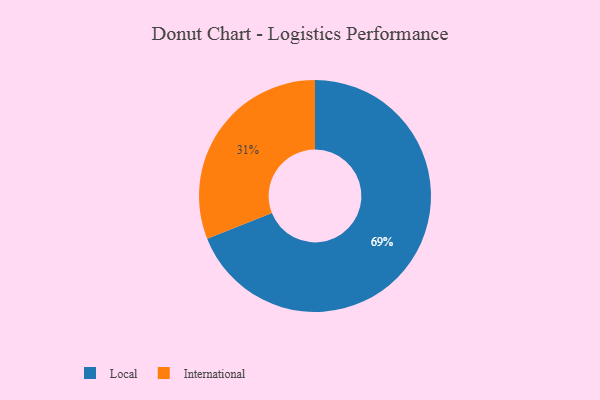
{"axis": {"x": "Category", "y": "Percentage"}, "legend": ["International", "Local"], "data": [{"x": "Local", "y": 69, "type": "Local"}, {"x": "International", "y": 31, "type": "International"}]}